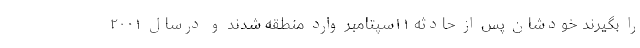
را بگیرند خودشان پس از حادثه ۱۱سپتامبر وارد منطقه شدند و درسال ۲۰۰۱